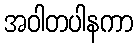
အဝါတပါနကာ